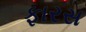
ફારસ